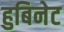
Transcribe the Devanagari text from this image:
हुबिनेट